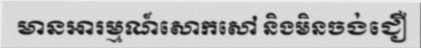
មានអារម្មណ៍សោកសៅ និងមិនចង់ជឿ